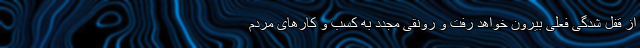
از قفل شدگی فعلی بیرون خواهد رفت و رونقی مجدد به کسب و کارهای مردم